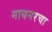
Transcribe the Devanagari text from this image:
मायनरचा